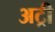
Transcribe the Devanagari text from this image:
अट्री